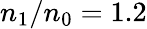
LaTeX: n_{\mathrm{1}}/n_{\mathrm{0}}=1.2